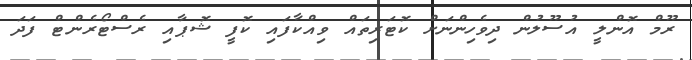
ރޫމް އޮންލީ އުސޫލުން ދިވެހިންނަށް ކޮޓަރިތައް ވިއްކާފައި ކޮފީ ޝޮޕާއި ރެސްޓޯރެންޓް ފަދަ